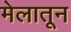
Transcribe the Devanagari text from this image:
मेलातून